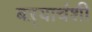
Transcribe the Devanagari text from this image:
बऱ्याचंशी